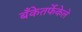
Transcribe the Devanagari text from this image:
बँकेतर्फेकेले